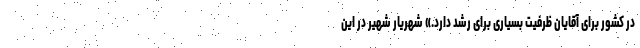
در کشور برای آقایان ظرفیت بسیاری برای رشد دارد.» شهریار شهیر در این